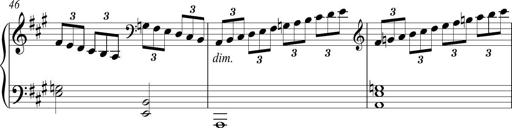
Title: Piano Sonatina in A major
Composer: Z Q Sysmoebius
Key: A major